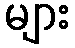
များ